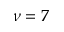
\nu = 7